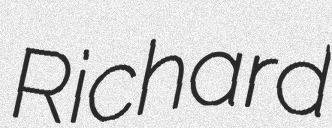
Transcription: Richard